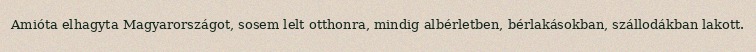
Amióta elhagyta Magyarországot, sosem lelt otthonra, mindig albérletben, bérlakásokban, szállodákban lakott.